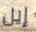
إيل